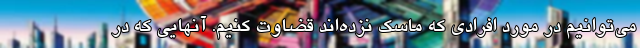
می‌توانیم در مورد افرادی که ماسک نزده‌اند قضاوت کنیم. آنهایی که در